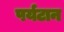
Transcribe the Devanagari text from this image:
पर्यटान